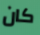
كان